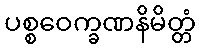
ပစ္စဝေက္ခဏနိမိတ္တံ